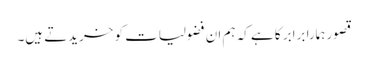
قصور ہمارا برابر کا ہے کہ ہم ان فضولیات کو خریدتے ہیں۔